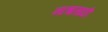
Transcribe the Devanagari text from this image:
नाचासाठी